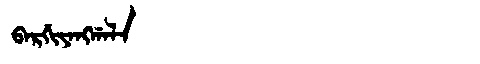
Manchu: ᠪᠠᡵᡤᡳᠶᠠᠩᡤᠠᠯᠠ
Romanization: BARGIYANGGALA